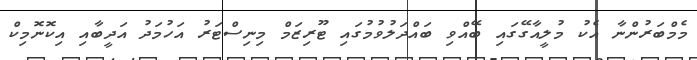
މެމްބަރުންނާ އެކު މުލީއާގޭގައި ބޭއްވި ބައްދަލުވުމުގައި ޓޫރިޒަމް މިނިސްޓަރު އަހުމަދު އަދީބާއި އިކޮނޮމިކް